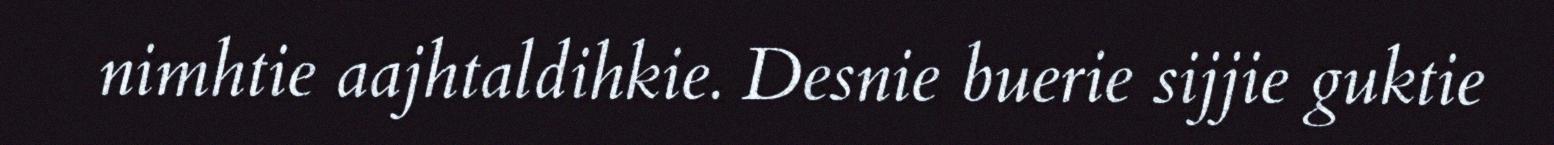
nimhtie aajhtaldihkie. Desnie buerie sijjie guktie